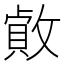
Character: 𢿓